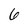
Character: 6